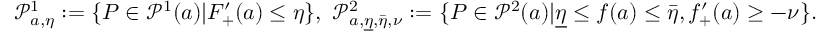
\begin{array} { r } { \mathscr { P } _ { a , \eta } ^ { 1 } : = \{ P \in \mathscr { P } ^ { 1 } ( a ) | F _ { + } ^ { \prime } ( a ) \leq \eta \} , \ \mathscr { P } _ { a , \underline { { \eta } } , \bar { \eta } , \nu } ^ { 2 } : = \{ P \in \mathscr { P } ^ { 2 } ( a ) | \underline { { \eta } } \leq f ( a ) \leq \bar { \eta } , f _ { + } ^ { \prime } ( a ) \geq - \nu \} . } \end{array}